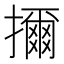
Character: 擟